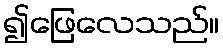
၍ဖြေလေသည်။